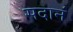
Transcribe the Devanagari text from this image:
सदानं